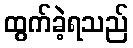
ထွက်ခဲ့ရသည်